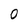
Character: O